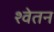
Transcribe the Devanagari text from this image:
श्वेतन